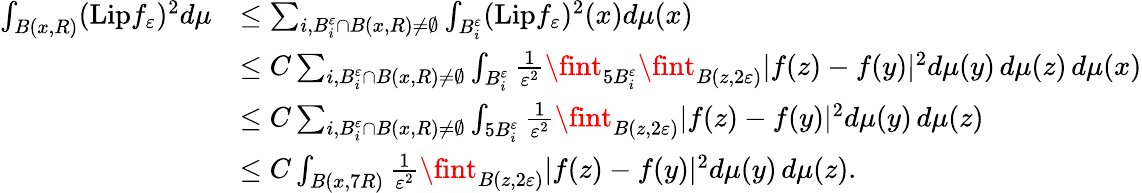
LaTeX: \begin{array}{rl}{\int_{B(x,R)}(\mathrm{Lip}f_{\varepsilon})^{2}d\mu}&{\leq\sum_{i,B_{i}^{\varepsilon}\cap B(x,R)\neq\emptyset}\int_{B_{i}^{\varepsilon}}(\mathrm{Lip}f_{\varepsilon})^{2}(x)d\mu(x)}\\ &{\leq C\sum_{i,B_{i}^{\varepsilon}\cap B(x,R)\neq\emptyset}\int_{B_{i}^{\varepsilon}}\frac{1}{\varepsilon^{2}}\fint_{5B_{i}^{\varepsilon}}\fint_{B(z,2\varepsilon)}|f(z)-f(y)|^{2}d\mu(y)\, d\mu(z)\, d\mu(x)}\\ &{\leq C\sum_{i,B_{i}^{\varepsilon}\cap B(x,R)\neq\emptyset}\int_{5B_{i}^{\varepsilon}}\frac{1}{\varepsilon^{2}}\fint_{B(z,2\varepsilon)}|f(z)-f(y)|^{2}d\mu(y)\, d\mu(z)}\\ &{\leq C\int_{B(x,7R)}\frac{1}{\varepsilon^{2}}\fint_{B(z,2\varepsilon)}|f(z)-f(y)|^{2}d\mu(y)\, d\mu(z).}\end{array}